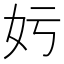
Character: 𡚯